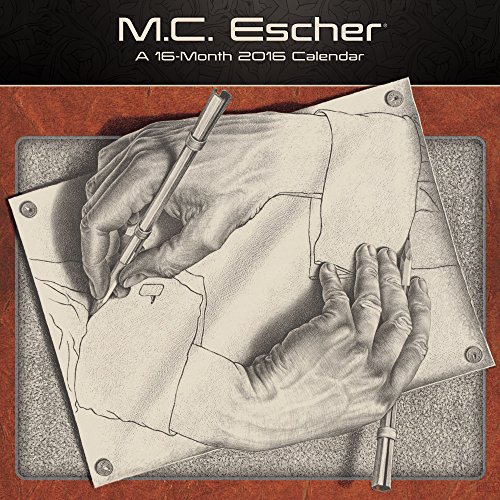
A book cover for M.C. Escher Wall Calendar (2016); Day Dream; Calendars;